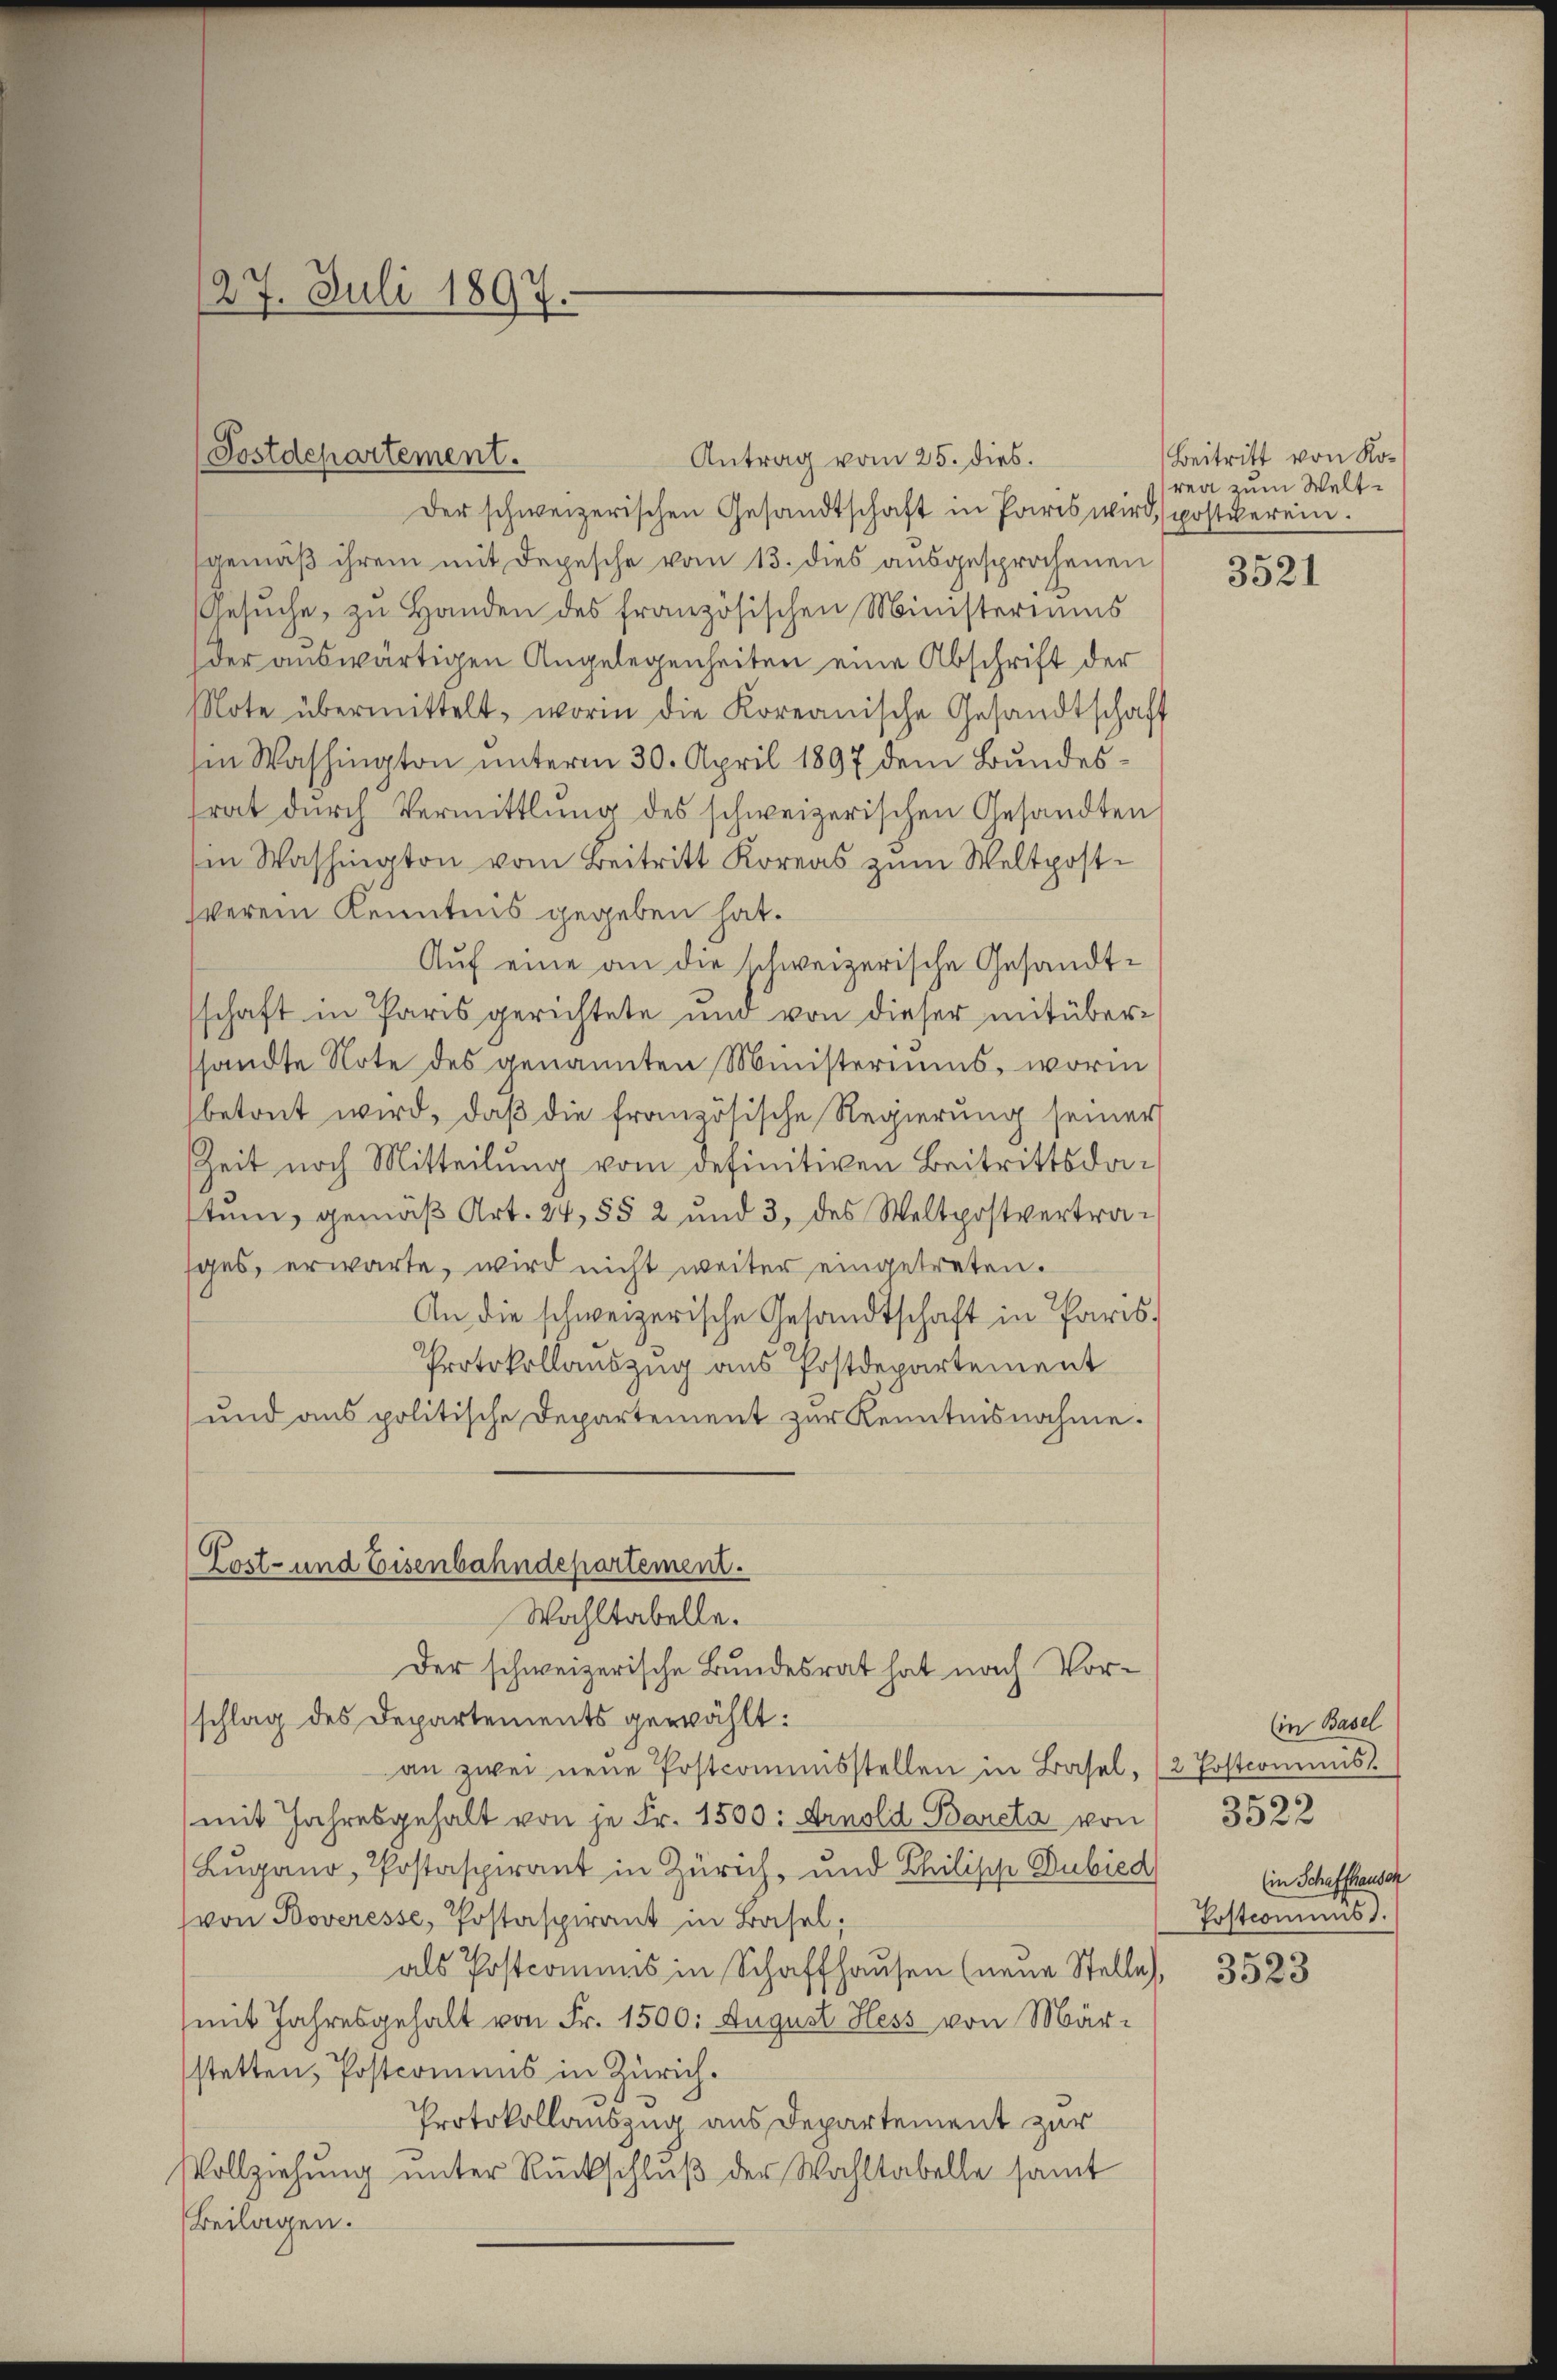
Antrag vom 25. dies.
Der schweizerischen Gesandtschaft in Paris wird, postverein.
gemäß ihrem mit Depesche vom 13. dies ausgesprochenen
Gesŭche, zu Handen des französischen Ministeriums
der auswärtigen Angelegenheiten eine Abschrift der
Note übermittelt, worin die Koreanische Gesandtschaft
in Washington unterm 30. April 1897 dem Bundesfrat durch Vermittlung des schweizerischen Gesandten
Ein Washington vom Beitritt Koreas zum Weltpostverein Kenntnis gegeben hat.
Aŭf eine an die schweizerische Gesandtschaft in Paris gerichtete und von dieser mit übersandte Note des genannten Ministeriums, worin
betont wird, daß die französische Regierung seiner
Zeit noch Mitteilung vom definitiven Beitritts dastum, gemäβ Art. 24, §§ 2 und 3, des Weltpostvertrages, erwarte, wird nicht weiter eingetreten.
An die schweizerische Gesandtschaft in Paris,
Protokollauszug aus Postdepartement
und aus politische Departement zur Kenntnisnahme.
Lost- und Eisenbahndepartement.

27. Juli 1897.

Postdepartement.

Wahltabelle.
Der schweizerische Bundesrat hat nach Vor¬

schlag des Departements gewählt:
an zwei neue Postcominsstellen in Basel, (2 Postcommis
mit Jahresgehalt von je Fr. 1500: Arnold Bareta von
Lugano, Postaspirant in Zürich, und Bhilische Dubied
(von Boveresse, Postaspirant in Basel;
als Postcommis in Schaffhausen (neue Stelle,
(mit Jahresgehalt von Fr. 1500. August Hess von Märstetten, Postcomens in Zürich.
Protokollauszug aus Departement zur
Vollziehung unter Rückschluß der Wahltabelle samt
Beilagen.

Beitritt von Koren zum Welt¬

3521

Ein Basel
3522
(in Schaffhausch
Postcomuns.

3523